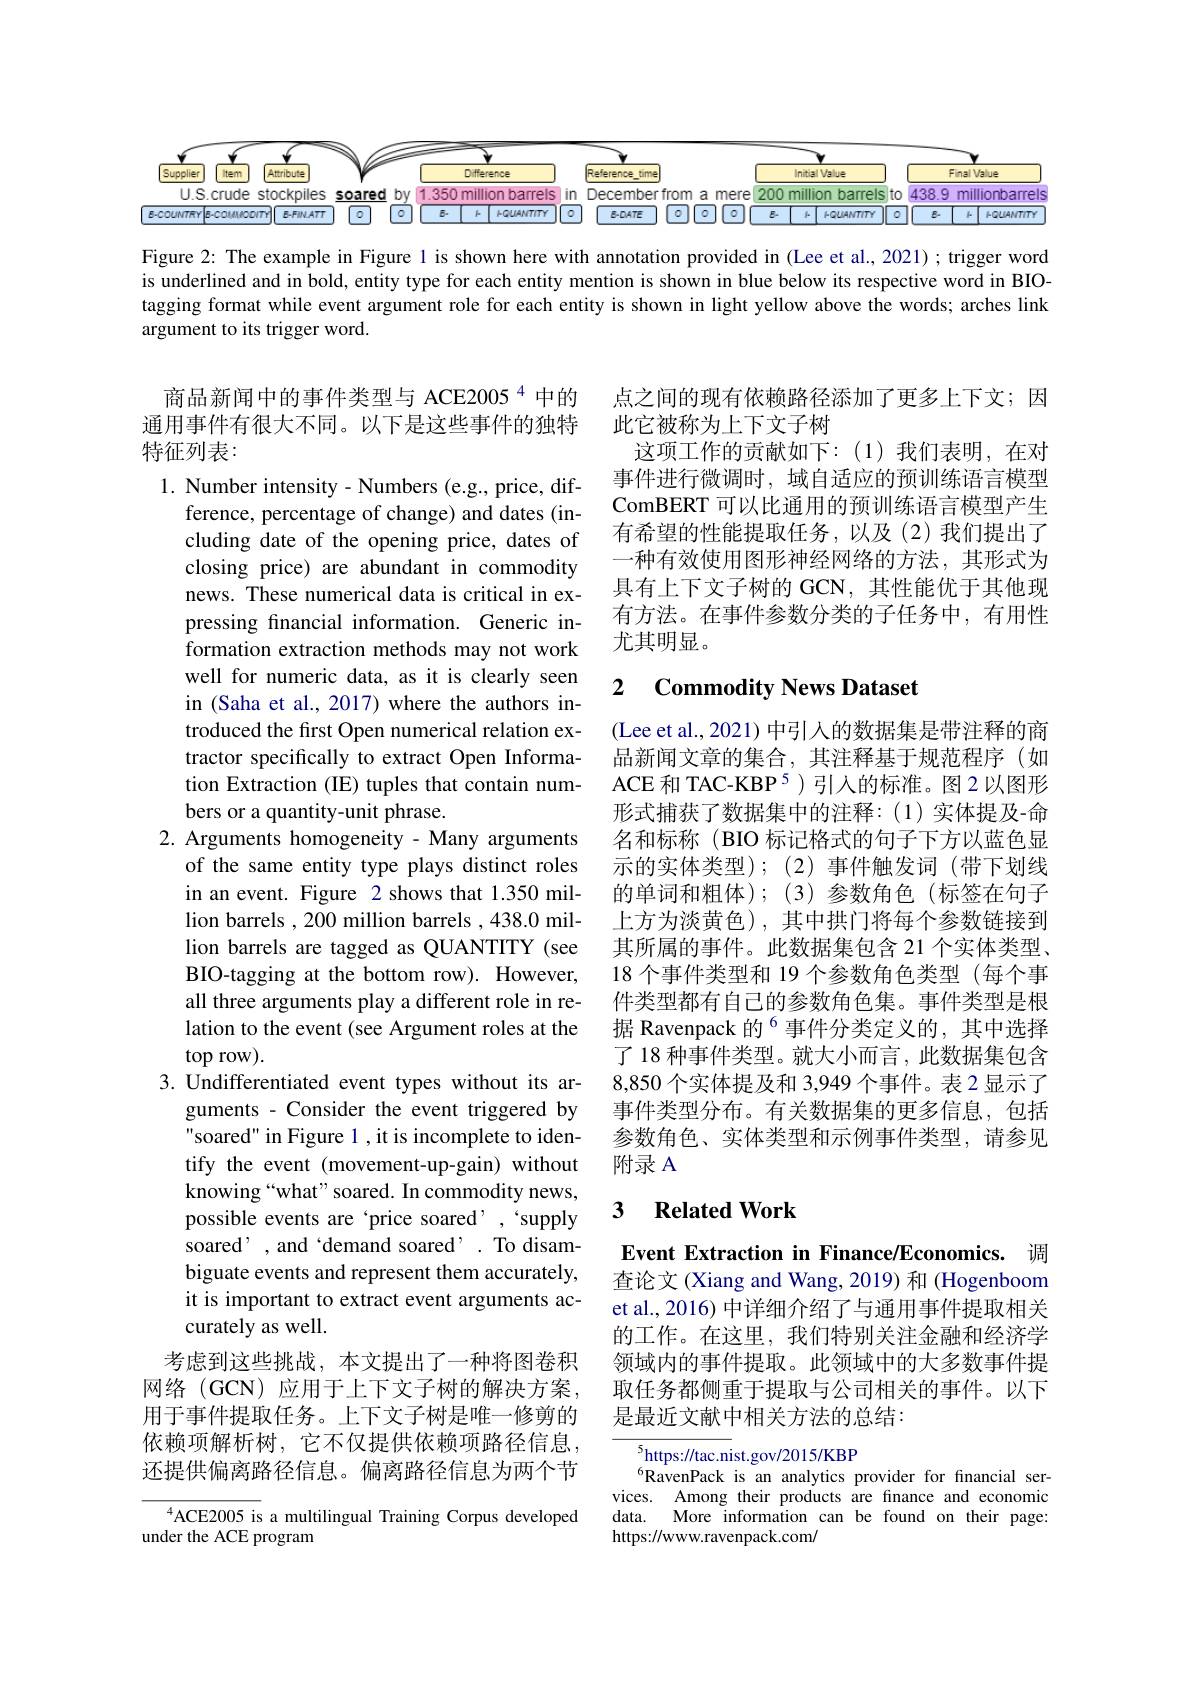
<FigureHere>

Figure 2: The example in Figure l is shown here with annotation provided in (Lee et al., 2021); trigger word is underlined and in bold, entity type for each entity mention is shown in blue below its respective word in BIOtagging format while event argument role for each entity is shown in light yellow above the words; arches link argument to its trigger word.

商品新闻中的事件类型与 ACE2005$^{4}$中的通用事件有很大不同。以下是这些事件的独特特征列表：

点之间的现有依赖路径添加了更多上下文；因
此它被称为上下文子树
这项工作的贡献如下：(1)我们表明，在对事件进行微调时，域自适应的预训练语言模型ComBERT 可以比通用的预训练语言模型产生有希望的性能提取任务，以及(2)我们提出了一种有效使用图形神经网络的方法，其形式为具有上下文子树的 GCN,其性能优于其他现有方法。在事件参数分类的子任务中，有用性尤其明显。

## 2 Commodity News Dataset

(Lee et al., 2021) 中引人的数据集是带注释的商品新闻文章的集合，其注释基于规范程序(如ACE 和 TAC-KBP 5)引入的标准。图 2 以图形形式捕获了数据集中的注释：(1)实体提及-命名和标称(BIO 标记格式的句子下方以蓝色显示的实体类型);(2)事件触发词(带下划线的单词和粗体);(3)参数角色(标签在句子上方为淡黄色),其中拱门将每个参数链接到其所属的事件。此数据集包含 21 个实体类型、 18 个事件类型和 19 个参数角色类型 (每个事件类型都有自己的参数角色集。事件类型是根据 Ravenpack 的$^{6}$事件分类定义的，其中选择了 18 种事件类型。就大小而言，此数据集包含8,850个实体提及和 3,949 个事件。表 2 显示了事件类型分布。有关数据集的更多信息，包括参数角色、实体类型和示例事件类型，请参见附录 A

1. Number intensity- Numbers (e.g., price, dif-
ference, percentage of change) and dates (including date of the opening price, dates of closing price) are abundant in commodity news. These numerical data is critical in expressing financial information. Generic information extraction methods may not work well for numeric data, as it is clearly seen in (Saha et al., 2017) where the authors introduced the first Open numerical relation extractor specifically to extract Open Information Extraction (IE) tuples that contain numbers or a quantity-unit phrase.
2. Arguments homogeneity - Many arguments
of the same entity type plays distinct roles in an event. Figure 2 shows that 1.350 million barrels , 200 million barrels , 438.0 million barrels are tagged as QUANTITY (see BIO-tagging at the bottom row). However, all three arguments play a different role in relation to the event (see Argument roles at the $\operatorname{top}$row).
3. Undifferentiated event types without its ar-
guments - Consider the event triggered by soared" in Figure 1 ,it is incomplete to identify the event (movement-up-gain) without knowing“what”soared. In commodity news, possible events are ‘price soared’,‘supply soared' , and 'demand soared' . To disambiguate events and represent them accurately, it is important to extract event arguments accurately as well.
考虑到这些挑战，本文提出了一种将图卷积网络(GCN)应用于上下文子树的解决方案， 用于事件提取任务。上下文子树是唯一修剪的依赖项解析树，它不仅提供依赖项路径信息， 还提供偏离路径信息。偏离路径信息为两个节
ACE2005 is a multilingual Training Corpus developed

### 3 $\textbf{Related Work}$

Event Extraction in Finance/Economics. 调查论文 (Xiang and Wang, 2019) 和 (Hogenboom et al., 2016) 中详细介绍了与通用事件提取相关的工作。在这里，我们特别关注金融和经济学领域内的事件提取。此领域中的大多数事件提取任务都侧重于提取与公司相关的事件。以下是最近文献中相关方法的总结：

$\overline{^5\text{https://tac.ni}}$st.gov/2015/KBP
$^{6}$RavenPack is an analytics provider for fnancial services. Among their products are finance and economid data. More information can be found on their page: https://www.ravenpack.com/

under the ACE program